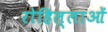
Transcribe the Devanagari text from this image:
रोहिल्लाओं